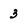
Character: 3